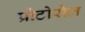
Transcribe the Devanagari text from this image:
प्रोटोसेल